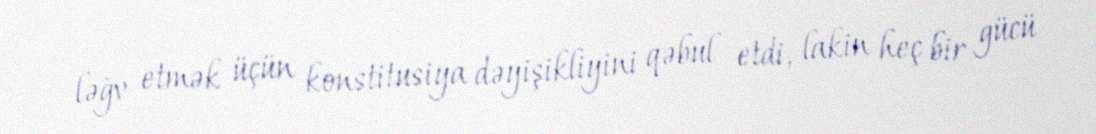
ləğv etmək üçün konstitusiya dəyişikliyini qəbul etdi, lakin heç bir gücü